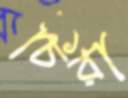
চিরা